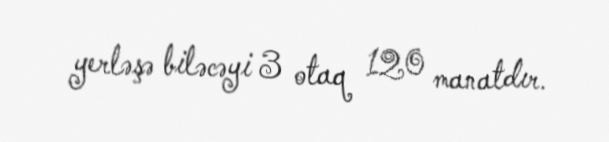
yerləşə biləcəyi 3 otaq 120 manatdır.